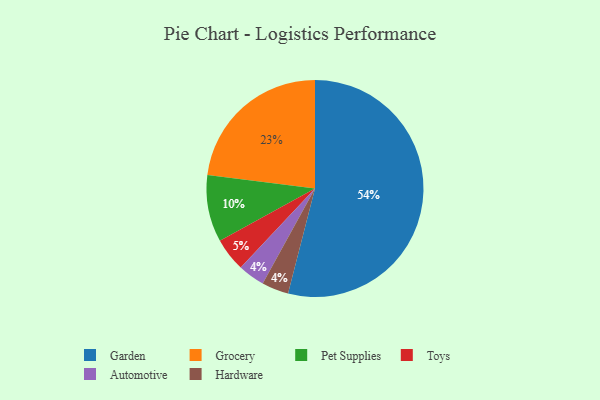
{"axis": {"x": "Category", "y": "Percentage"}, "legend": ["Automotive", "Garden", "Grocery", "Hardware", "Pet Supplies", "Toys"], "data": [{"x": "Grocery", "y": 23, "type": "Grocery"}, {"x": "Automotive", "y": 4, "type": "Automotive"}, {"x": "Hardware", "y": 4, "type": "Hardware"}, {"x": "Toys", "y": 5, "type": "Toys"}, {"x": "Pet Supplies", "y": 10, "type": "Pet Supplies"}, {"x": "Garden", "y": 54, "type": "Garden"}]}